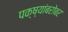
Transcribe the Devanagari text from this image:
पक्ष्यांबरोबर